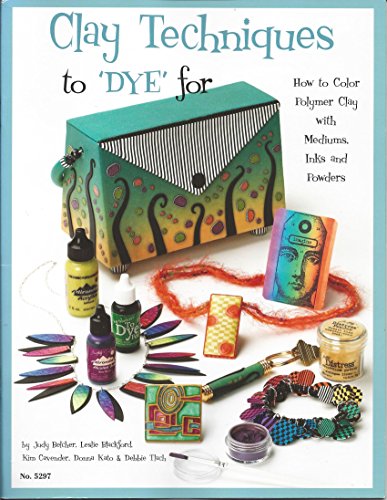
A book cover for Clay Techniques to Dye for; Judy Belcher; Crafts, Hobbies & Home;